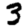
Digit: 3